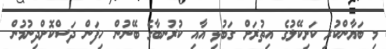
މި ބަޔާންކުރި ކަށިކޭލުގެ އިތުރަށް ގަބުޅި އާއި ކުރުނބާގެ ބޭނުން ހިފަން ދަސްކޮށްދިނުމުން